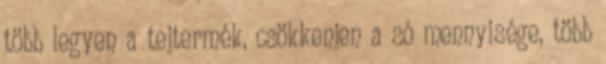
több legyen a tejtermék, csökkenjen a só mennyisége, több